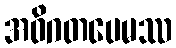
အဝိဂတပေမဿ